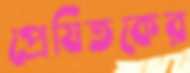
প্রেষিতকের